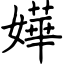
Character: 嬅